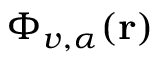
\Phi _ { v , \alpha } ( { \bf r } )